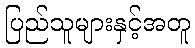
ပြည်သူများနှင့်အတူ